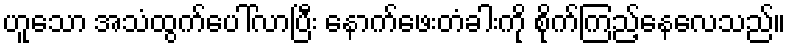
ဟူသော အသံထွက်ပေါ်လာပြီး နောက်ဖေးတံခါးကို စိုက်ကြည့်နေလေသည်။